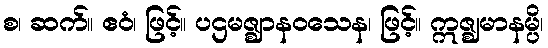
စ၊ ဆက်။ ဧဝံ၊ ဖြင့်။ ပဌမဇ္ဈာနဝသေန၊ ဖြင့်။ ဣဇ္ဈမာနမ္ပိ၊